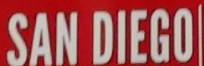
SAN DIEGO